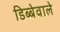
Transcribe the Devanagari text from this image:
डिब्बेवाले